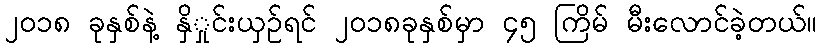
၂၀၁၈ ခုနှစ်နဲ့ နှိှုင်းယှဉ်ရင် ၂၀၁၈ခုနှစ်မှာ ၄၅ ကြိမ် မီးလောင်ခဲ့တယ်။